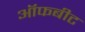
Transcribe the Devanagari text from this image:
ऑफबीट